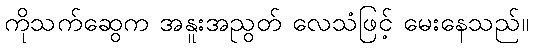
ကိုသက်ဆွေက အနူးအညွတ် လေသံဖြင့် မေးနေသည်။